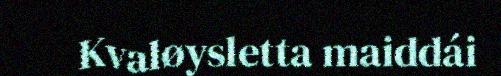
Kvaløysletta maiddái